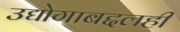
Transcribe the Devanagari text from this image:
उद्योगाबद्दलही